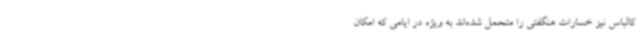
کالباس نیز خسارات هنگفتی را متحمل شده‌اند به ویژه در ایامی که امکان